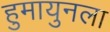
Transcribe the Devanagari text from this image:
हुमायुनला